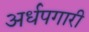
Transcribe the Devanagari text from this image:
अर्धपगारी